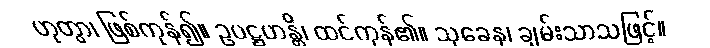
ဟုတွာ၊ ဖြစ်ကုန်၍။ ဥပဋ္ဌဟန္တိ၊ ထင်ကုန်၏။ သုခေန၊ ချမ်းသာသဖြင့်။